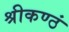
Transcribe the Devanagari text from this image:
श्रीकण्ठं